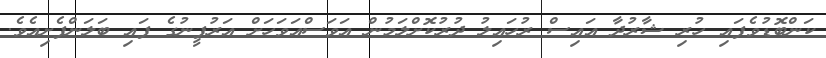
ކަންބޮޑުވެފައި ހުރި ޝާރުދާ އައިސް ރުހައިލު ދުރުކޮށްލަމުން އަވަސްއަވަހަށް އަރުފީނުގެ ފައި ބަލަންފެށިއެވެ.